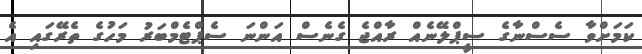
ކަމަށްވާ ސެސްނާގެ ސީޕްލޭނެއް ރާއްޖެ ގެނެސް އަންނަ ސެޕްޓެމްބަރު މަހުގެ ތެރޭގައި އެ